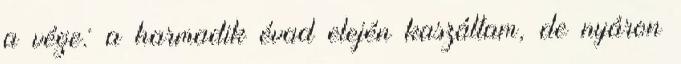
a vége: a harmadik évad elején kaszáltam, de nyáron